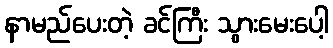
နာမည်ပေးတဲ့ ခင်ကြီး သွားမေးပေါ့